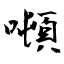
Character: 噸